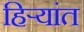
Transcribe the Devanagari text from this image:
हिर्‍यांत